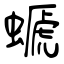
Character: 螔